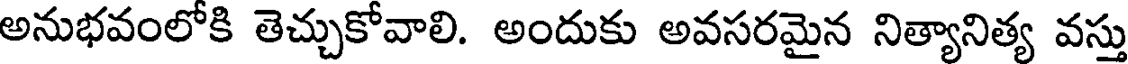
అనుభవంలోకి తెచ్చుకోవాలి. అందుకు అవసరమైన నిత్యానిత్య వస్తు